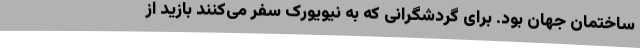
ساختمان جهان بود. برای گردشگرانی که به نیویورک سفر می‌کنند بازید از